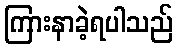
ကြားနာခဲ့ရပါသည်